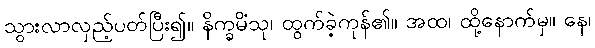
သွားလာလှည့်ပတ်ပြီး၍။ နိက္ခမိံသု၊ ထွက်ခဲ့ကုန်၏။ အထ၊ ထို့နောက်မှ။ နေ၊